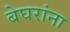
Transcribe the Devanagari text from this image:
बेघरांना